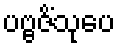
ပဗ္ဗဇိံသုပေ